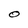
Character: O